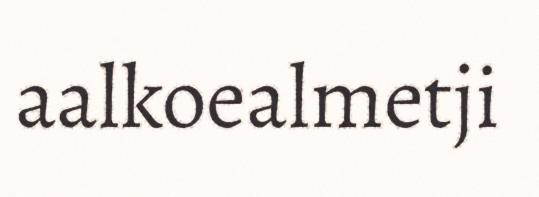
aalkoealmetji